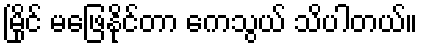
မြိုင် မဖြေနိုင်တာ ကေသွယ် သိပါတယ်။